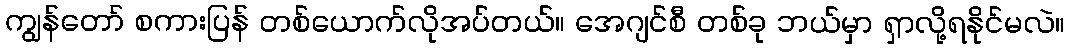
ကျွန်တော် စကားပြန် တစ်ယောက်လိုအပ်တယ်။ အေဂျင်စီ တစ်ခု ဘယ်မှာ ရှာလို့ရနိုင်မလဲ။